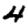
Digit: 4